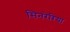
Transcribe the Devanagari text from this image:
सिनरेरिया